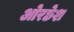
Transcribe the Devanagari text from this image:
ओरछेश